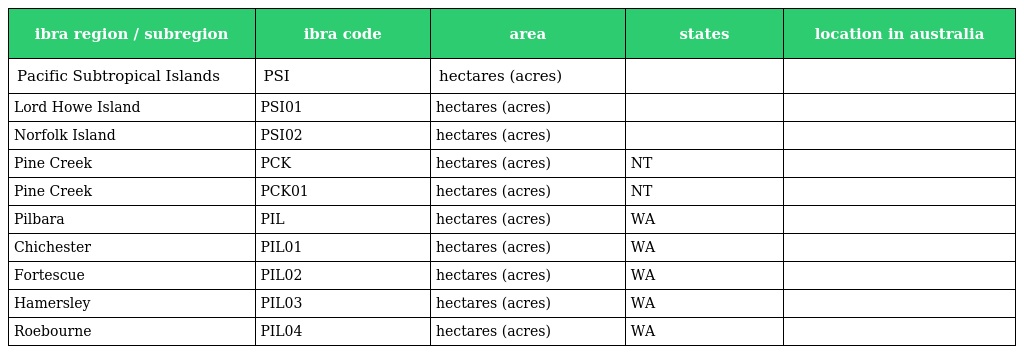
| ibra region / subregion | ibra code | area | states | location in australia |
 | --- | --- | --- | --- | --- |
 | Pacific Subtropical Islands | PSI | hectares (acres) |  |  |
 | Lord Howe Island | PSI01 | hectares (acres) |  |  |
 | Norfolk Island | PSI02 | hectares (acres) |  |  |
 | Pine Creek | PCK | hectares (acres) | NT |  |
 | Pine Creek | PCK01 | hectares (acres) | NT |  |
 | Pilbara | PIL | hectares (acres) | WA |  |
 | Chichester | PIL01 | hectares (acres) | WA |  |
 | Fortescue | PIL02 | hectares (acres) | WA |  |
 | Hamersley | PIL03 | hectares (acres) | WA |  |
 | Roebourne | PIL04 | hectares (acres) | WA |  |